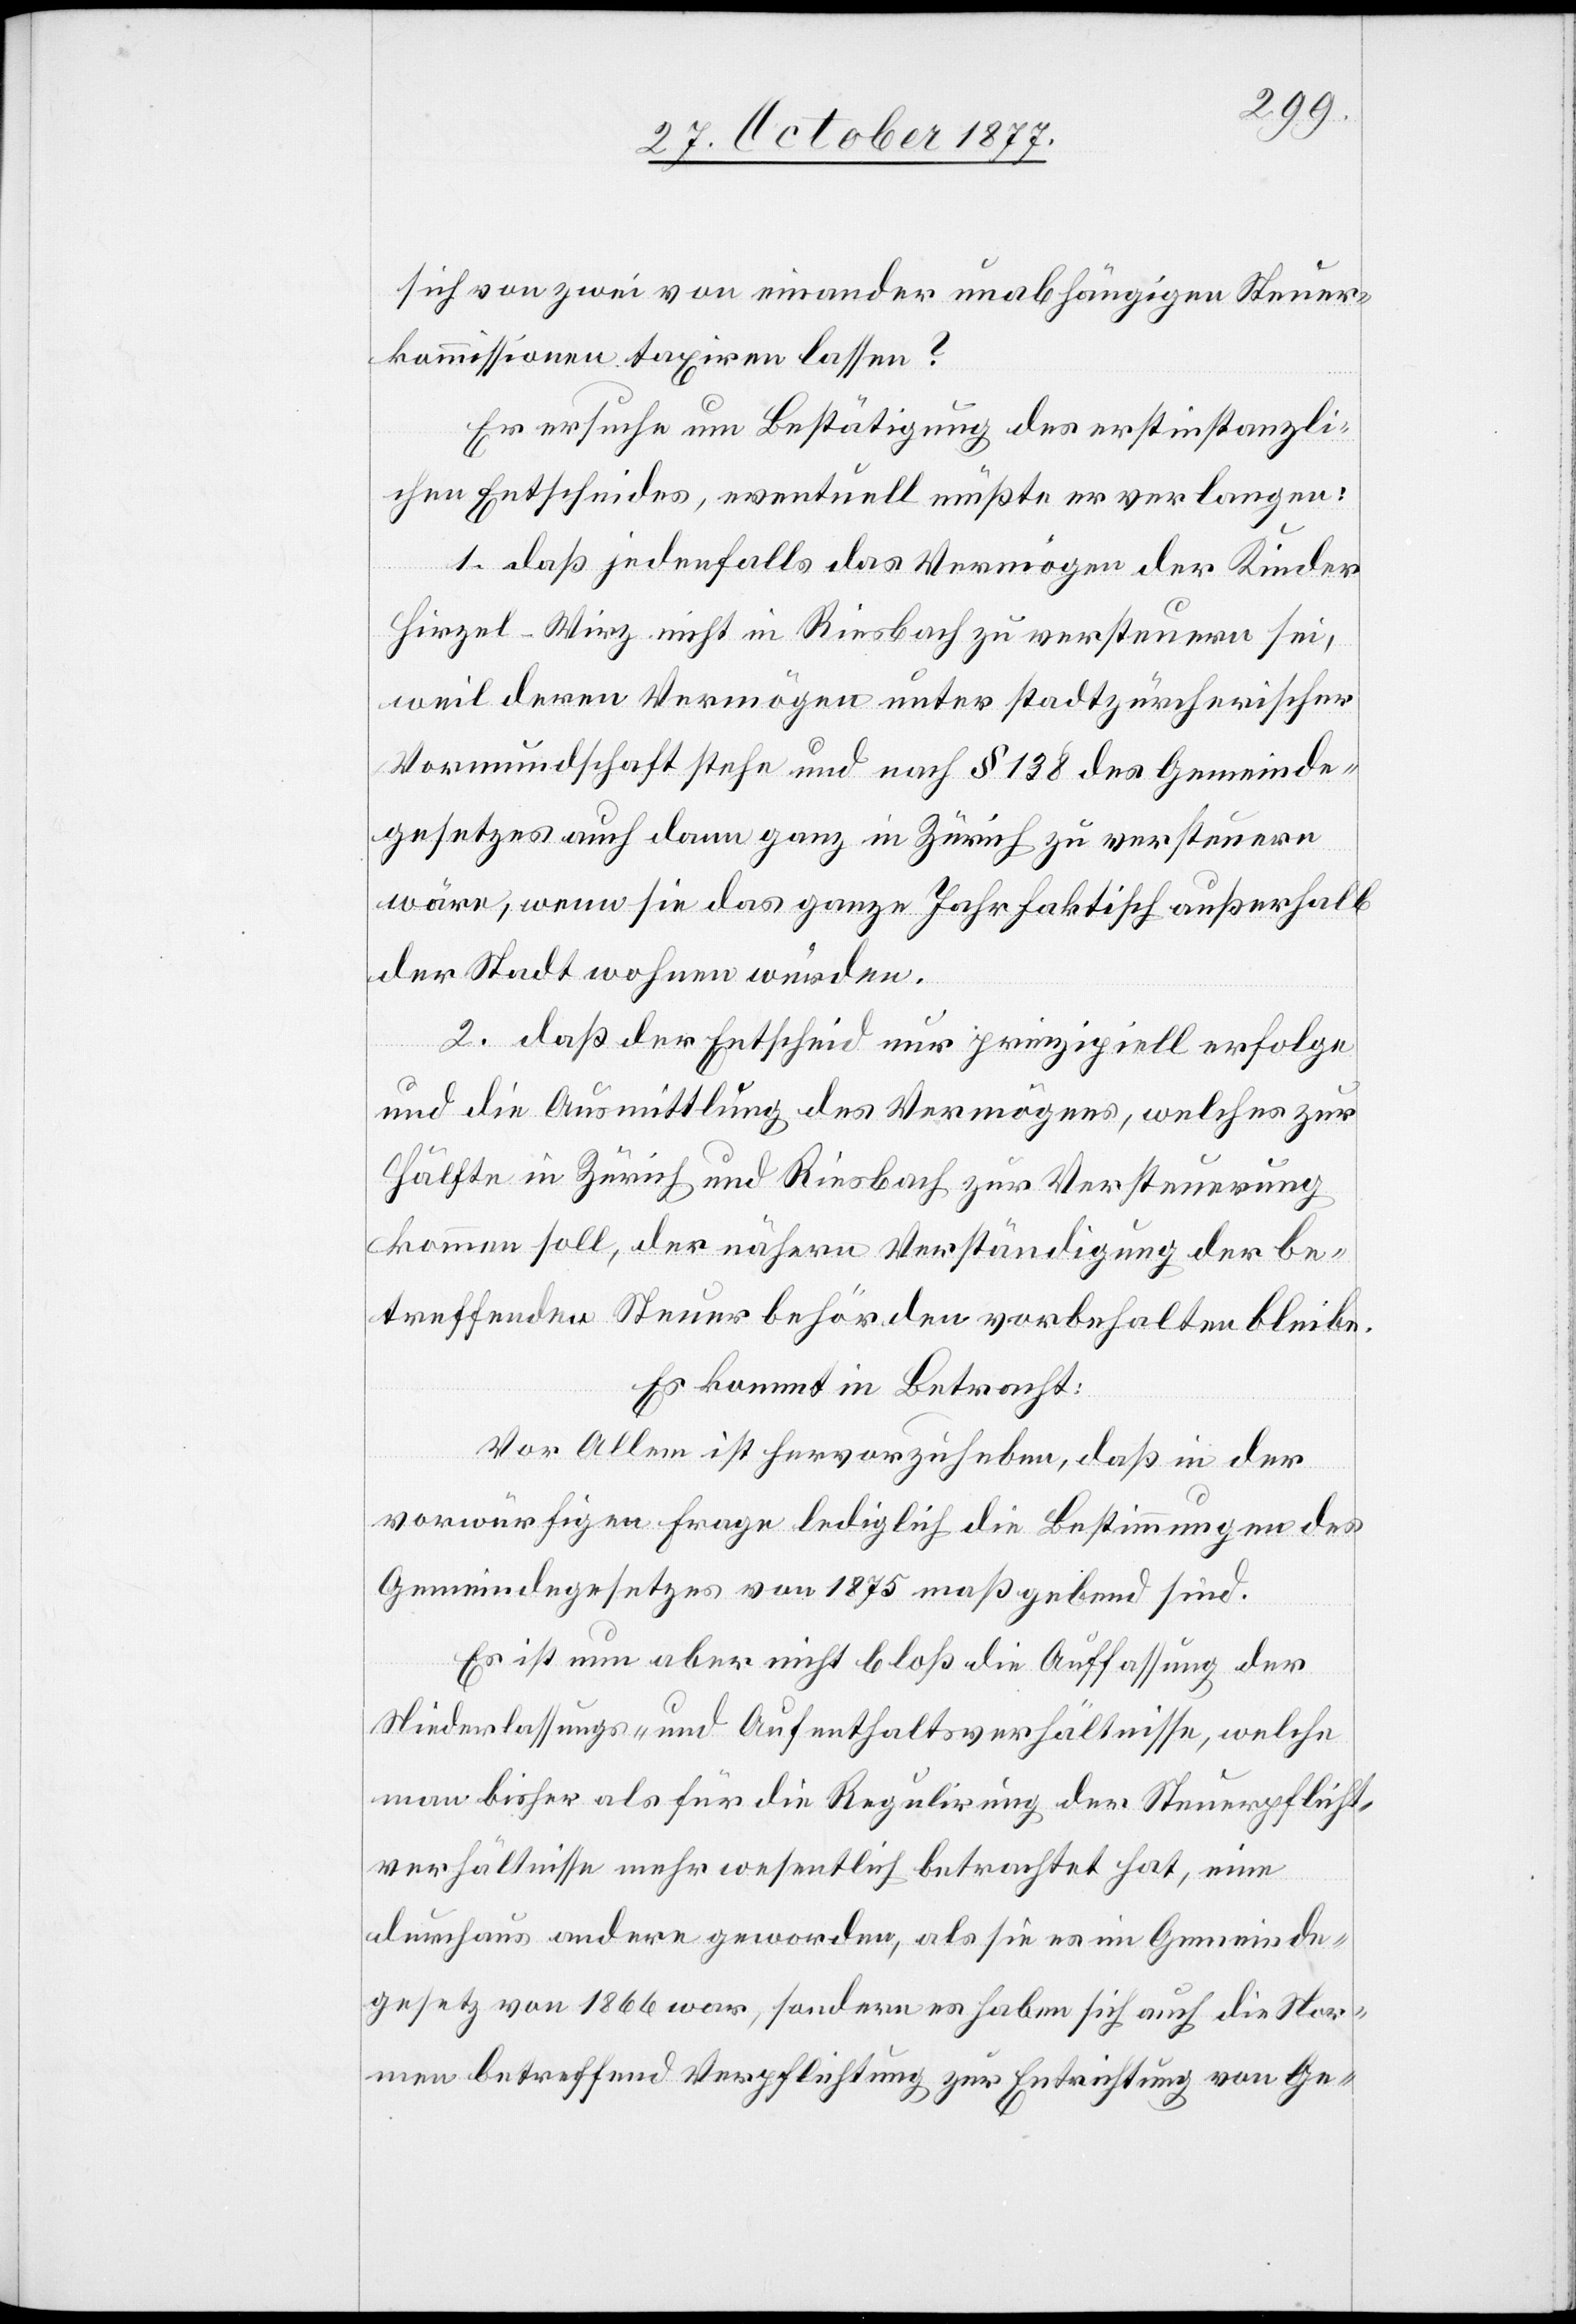
sich von zwei von einander unabhängigen Steuer¬
kommissionen taxiren lassen?
Er ersuche um Bestätigung des erstinstanzli¬
chen Entscheides, eventuell müßte er verlangen:
1. daß jedenfalls das Vermögen der Kinder
Hirzel-Wirz nicht in Riesbach zu versteuern sei,
weil deren Vermögen unter stadtzürcherischer
Vormundschaft stehe und nach § 138 des Gemeinde¬
gesetzes auch dann ganz in Zürich zu versteuern
wäre, wenn sie das ganze Jahr faktisch außerhalb
der Stadt wohnen würden.
2. daß der Entscheid nur prinzipiell erfolge
und die Ausmittlung des Vermögens, welches zur
Hälfte in Zürich und Riesbach zur Versteuerung
kommen soll, der nähern Verständigung der be¬
treffenden Steuerbehörden vorbehalten bleibe.
Es kommt in Betracht:
Vor Allem ist hervorzuheben, daß in der
vorwürfigen Frage lediglich die Bestimmungen des
Gemeindegesetzes von 1875 maßgebend sind.
Es ist nun aber nicht bloß die Auffassung der
Niederlassungs- und Aufenthaltsverhältnisse, welche
man bisher als für die Regulirung der Steuerpflicht¬
verhältnisse mehr wesentlich betrachtet hat, eine
durchaus andere geworden, als sie es im Gemeinde¬
gesetz von 1866 war, sondern es haben sich auch die Nor¬
men betreffend Verpflichtung zur Entrichtung von Ge-